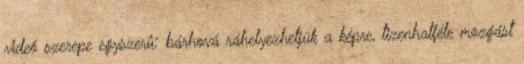
videó szerepe egyszerû: bárhová ráhelyezhetjük a képre, tizenhatféle mozgást